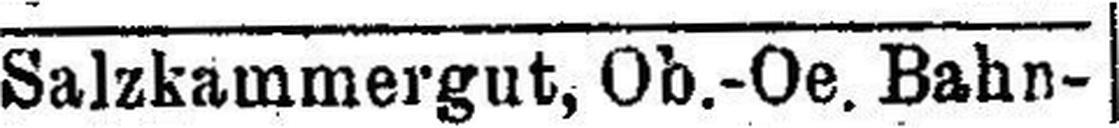
Salzkammergut, Ob.-Oe. Bahn¬